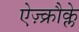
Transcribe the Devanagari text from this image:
ऐज़्क्रौक्ले